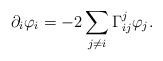
\begin{align*} \partial_i\varphi_i=-2\sum_{j\neq i}\Gamma_{ij}^j\varphi_j. \end{align*}